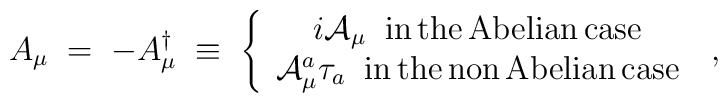
A_\mu \;=\;-A_\mu^\dagger \;\equiv\;\left\{\begin{array}{c}i {\mathcal A}_\mu \;\;{\rm in \,the\, Abelian\, case}\\{\mathcal A}_\mu^a \tau_a \;\; {\rm in\, the\, non\, Abelian\, case}\end{array}\right.\;,